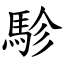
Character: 駗